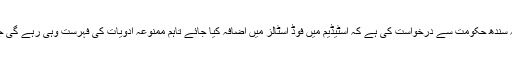
بریگیڈیئر شاہد کا کہنا تھا کہ سندھ حکومت سے درخواست کی ہے کہ اسٹیڈیم میں فوڈ اسٹالز میں اضافہ کیا جائے تاہم ممنوعہ ادویات کی فہرست وہی رہے گی جو پی ایس ایل فائنل میں تھی۔